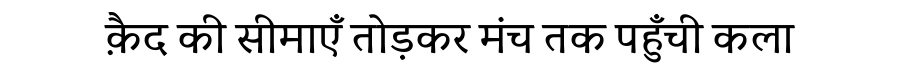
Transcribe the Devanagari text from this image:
क़ैद की सीमाएँ तोड़कर मंच तक पहुँची कला